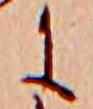
に